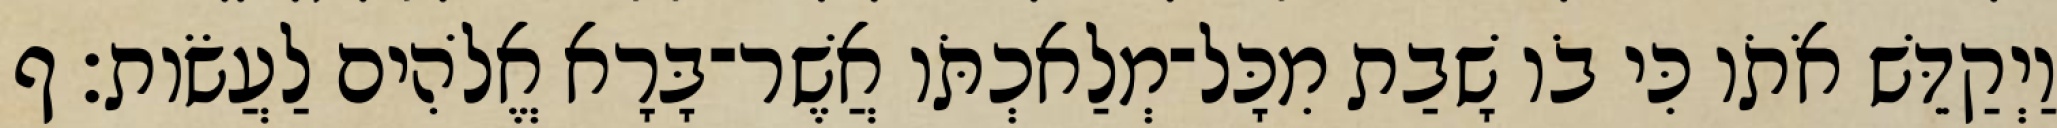
וַיְקַדֵּשׁ אֹתֹו כִּי בֹו שָׁבַת מִכָּל־מְלַאכְתֹּו אֲשֶׁר־בָּרָא אֱלֹהִים לַעֲשֹׂות׃ ף